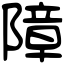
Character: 障